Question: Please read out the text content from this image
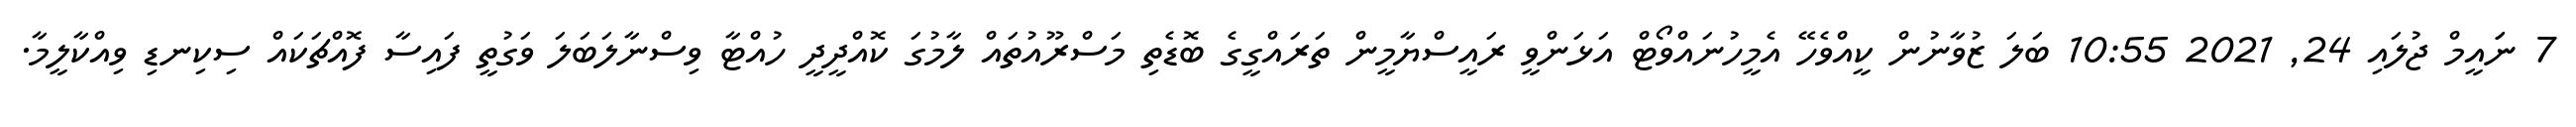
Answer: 7 ނަައީމް ޖުލައި 24, 2021 10:55 ބަލަ ޒުވާނުން ކީއްވެހޭ އެމީހުނައްވޯޓް އަޅަންވީ ރައީސްޔާމީން ތަރައްގީގެ ބޮޑެތި މަސްރޫއުތައް ލާމުގަ ކޮއްދީދީ ހުއްޓާ ވިސްނާލަބަލަ ވަގުތީ ފައިސާ ފޮއްޗަކައް ސިކިނޑި ވިއްކާލީމާ.